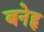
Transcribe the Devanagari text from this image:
बनेहृ